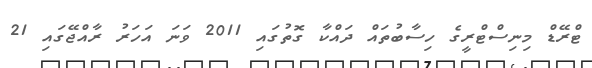
ޓްރޭޑް މިނިސްޓްރީގެ ހިސާބުތައް ދައްކާ ގޮތުގައި 2011 ވަނަ އަހަރު ރާއްޖޭގައި 21